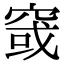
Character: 窢